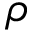
\rho